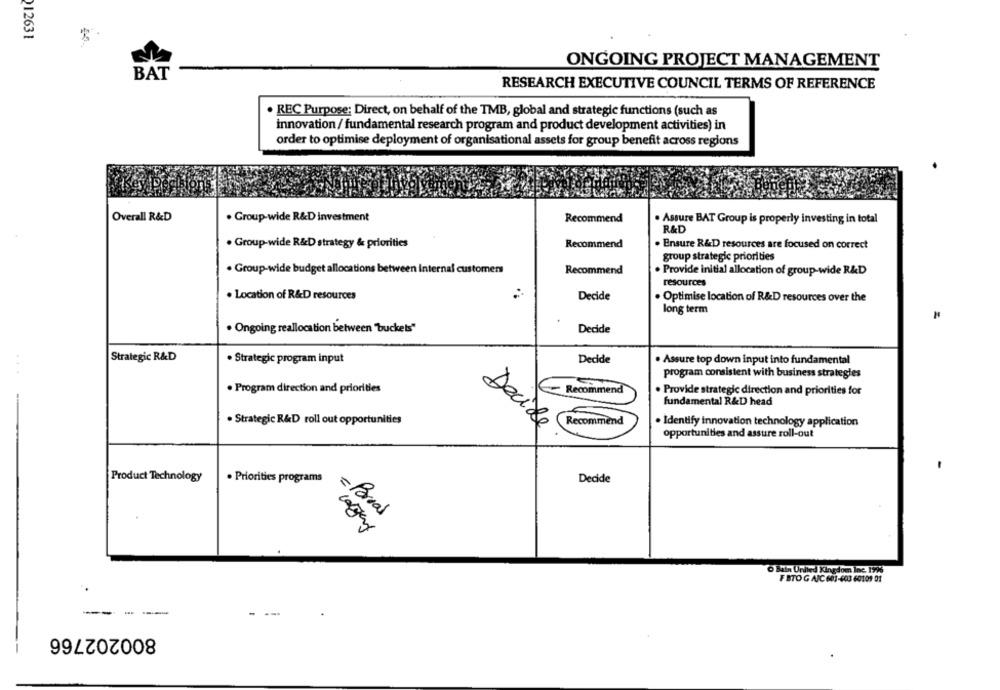
12631
ONGOING PROJECT MANAGEMENT
BAT
RESEARCH EXECUTIVE COUNCIL TERMS OF REFERENCE
. REC Purpose: Direct, on behalf of the TMB, global and strategic functions (such as
innovation/ fundamental research program and product development activities) in
order to optimise deployment of organisational assets for group benefit across regions
Overall R&D
. Group-wide R&D investment
Recommend
. Assure BAT Group is properly investing in total
R&D
. Group-wide R&D strategy & priorities
Recommend
. Ensure R&D resources are focused on correct
group strategic priorities
. Group-wide budget allocations between internal customers
Recommend
. Provide initial allocation of group-wide R&D
resources
. Location of R&D resources
Decide
. Optimise location of R&D resources over the
long term
· Ongoing reallocation between "buckets"
Decide
Strategic R&D
· Strategic program input
Decide
. Assure top down input into fundamental
...
program consistent with business strategies
. Program direction and priorities
Recommend
. Provide strategic direction and priorities for
fundamental R&D head
. Strategic R&D roll out opportunities
Recommend
. Identify innovation technology application
Decide
opportunities and assure roll-out
Product Technology
. Priorities programs
Decide
= Porral
O Bain United Kingdom Inc. 1996
FBTO G AIC 601-603 60109 01
---
--
800202766